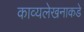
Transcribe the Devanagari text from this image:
काव्यलेखनाकडे